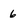
Character: 6